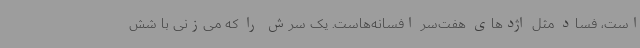
است، فساد مثل اژدهای هفت‌سر افسانه‌هاست. یک سرش را که می‌زنی با شش